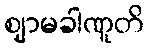
ဈာမခါဏူတိ